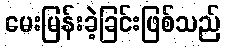
မေးမြန်းခဲ့ခြင်းဖြစ်သည်